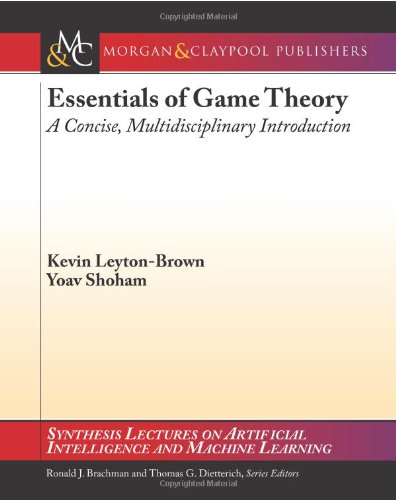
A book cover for Essentials of Game Theory: A Concise, Multidisciplinary Introduction (Synthesis Lectures on Artificial Intelligence and Machine Learning); Kevin Leyton-Brown; Science & Math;